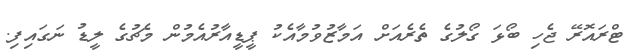
ޓްރައޮރޭ ޖެހި ބޯޅަ ގޯލުގެ ތެރެއަށް އަމާޒުވުމާއެކު ޕީޑީއާރުއެމުން މެޗުގެ ލީޑު ނަގައިފި.